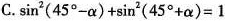
C.$$\sin^{2}(45^{\circ}-\alpha )+\sin^{2}(45^{\circ}+\alpha )=1$$